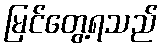
မြင်တွေ့ရသည်